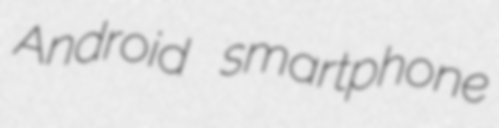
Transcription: Android smartphone